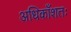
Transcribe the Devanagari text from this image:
अधिकाँशतः